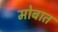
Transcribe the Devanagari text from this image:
मोबात